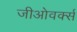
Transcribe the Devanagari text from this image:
जीओवर्क्स